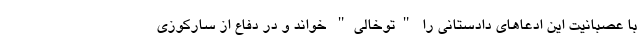
با عصبانیت این ادعاهای دادستانی را "توخالی" خواند و در دفاع از سارکوزی